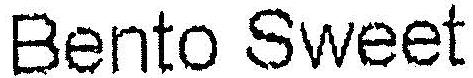
BENTO SWEET